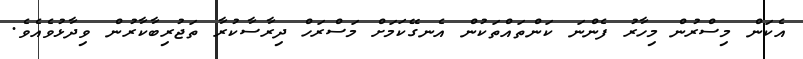
އެކަން މިސްރުން މިހާރު ފެންނަ ކަންތައްތަކުން އެނގޭކަމަށް މަސްރަހް ދިރާސާކުރާ ތަޖުރިބާކާރުން ވިދާޅުވެއެވެ.